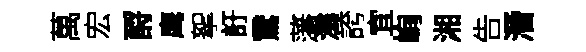
萬宏酹鹰挐訏鵞藩滃誇宜峋湘告潛